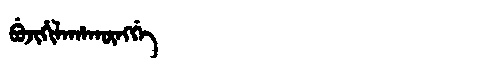
Manchu: ᠪᡠᠵᡳᡥᡳᠯᠠᡥᠠᡴᡡᠩᡤᡝ
Romanization: BUJIHILAHAKŪNGGE